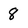
Character: 8